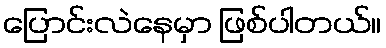
ပြောင်းလဲနေမှာ ဖြစ်ပါတယ်။